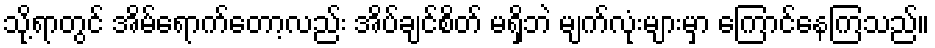
သို့ရာတွင် အိမ်ရောက်တော့လည်း အိပ်ချင်စိတ် မရှိဘဲ မျက်လုံးများမှာ ကြောင်နေကြသည်။